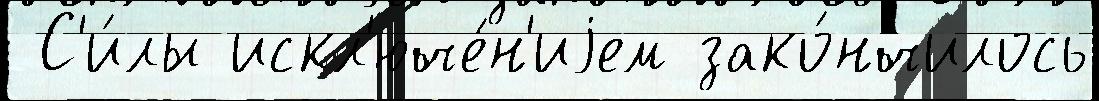
 С'и́лы искл'юче́н'иjем зако́нчилось